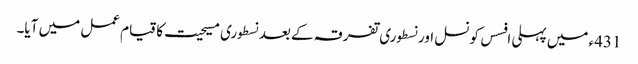
431ء میں پہلی افسس کونسل اور نسطوری تفرقہ کے بعد نسطوری مسیحیت کا قیام عمل میں آیا۔